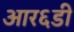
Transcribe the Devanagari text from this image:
आर६डी